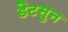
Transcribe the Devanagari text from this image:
डैटसुन